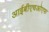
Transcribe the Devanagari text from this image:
आईबीएचओएफ